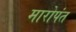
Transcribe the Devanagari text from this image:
मारोपंत